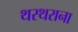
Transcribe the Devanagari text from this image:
थरथराना